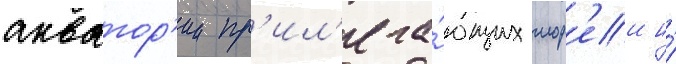
акватор'ии пр'ил'ега́ющих мор'еи и́